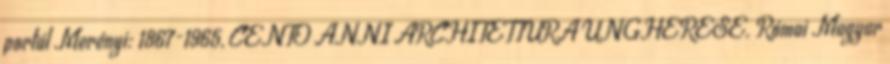
portál Merényi: 1867-1965, CENTO ANNI ARCHITETTURA UNGHERESE. Római Magyar